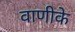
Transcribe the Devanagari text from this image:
वाणीके